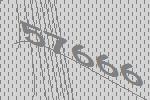
57666